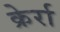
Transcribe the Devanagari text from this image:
क्रेर्रा